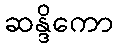
ဆန္ဒိကော